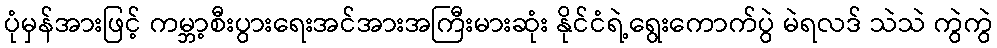
ပုံမှန်အားဖြင့် ကမ္ဘာ့စီးပွားရေးအင်အားအကြီးမားဆုံး နိုင်ငံရဲ့ရွေးကောက်ပွဲ မဲရလဒ် သဲသဲ ကွဲကွဲ